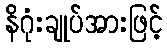
နိဂုံးချုပ်အားဖြင့်